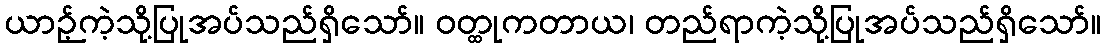
ယာဉ့်ကဲ့သို့ပြုအပ်သည်ရှိသော်။ ဝတ္ထုကတာယ၊ တည်ရာကဲ့သို့ပြုအပ်သည်ရှိသော်။